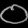
Digit: ၀